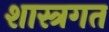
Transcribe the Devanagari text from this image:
शास्त्रगत